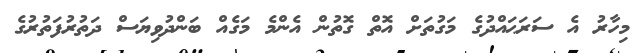
މިހާރު އެ ސަރަޙައްދުގެ މަގުތަށް އޮތް ގޮތުން އެންމެ މަގެއް ބަންދުވިޔަސް ދަތުރުފަތުރުގެ